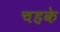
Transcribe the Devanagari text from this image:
चहके